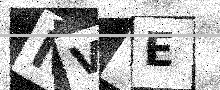
Text: NV7E